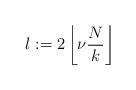
LaTeX: \begin{align*}l:=2\left\lfloor\nu \frac{N}{k}\right\rfloor\end{align*}